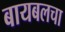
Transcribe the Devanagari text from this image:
बायबलचा